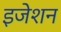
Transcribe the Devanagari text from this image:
इजेशन